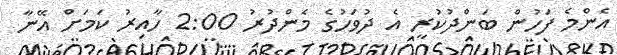
އެންމެ ފަހުން ބަންދުކުރީ އެ ދުވަހުގެ މެންދުރު 2:00 ހާއިރު ކަމަށް އޭނާ